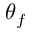
\theta _ { f }